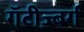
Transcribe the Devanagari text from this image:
गॅटीज़्बर्ग